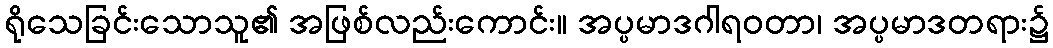
ရိုသေခြင်းသောသူ၏ အဖြစ်လည်းကောင်း။ အပ္ပမာဒဂါရဝတာ၊ အပ္ပမာဒတရား၌